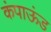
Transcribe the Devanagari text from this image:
कंपाऊंड